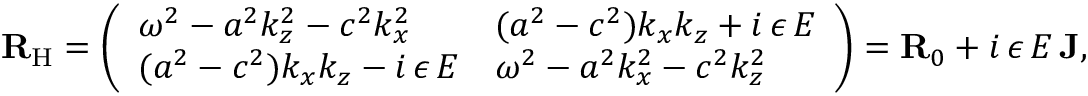
{ \mathbf { R } } _ { \mathrm { H } } = \left( \begin{array} { l l } { \omega ^ { 2 } - a ^ { 2 } k _ { z } ^ { 2 } - c ^ { 2 } k _ { x } ^ { 2 } } & { ( a ^ { 2 } - c ^ { 2 } ) k _ { x } k _ { z } + i \, \epsilon \, E } \\ { ( a ^ { 2 } - c ^ { 2 } ) k _ { x } k _ { z } - i \, \epsilon \, E } & { \omega ^ { 2 } - a ^ { 2 } k _ { x } ^ { 2 } - c ^ { 2 } k _ { z } ^ { 2 } } \end{array} \right) = { \mathbf { R } } _ { 0 } + i \, \epsilon \, E \, { \mathbf { J } } ,